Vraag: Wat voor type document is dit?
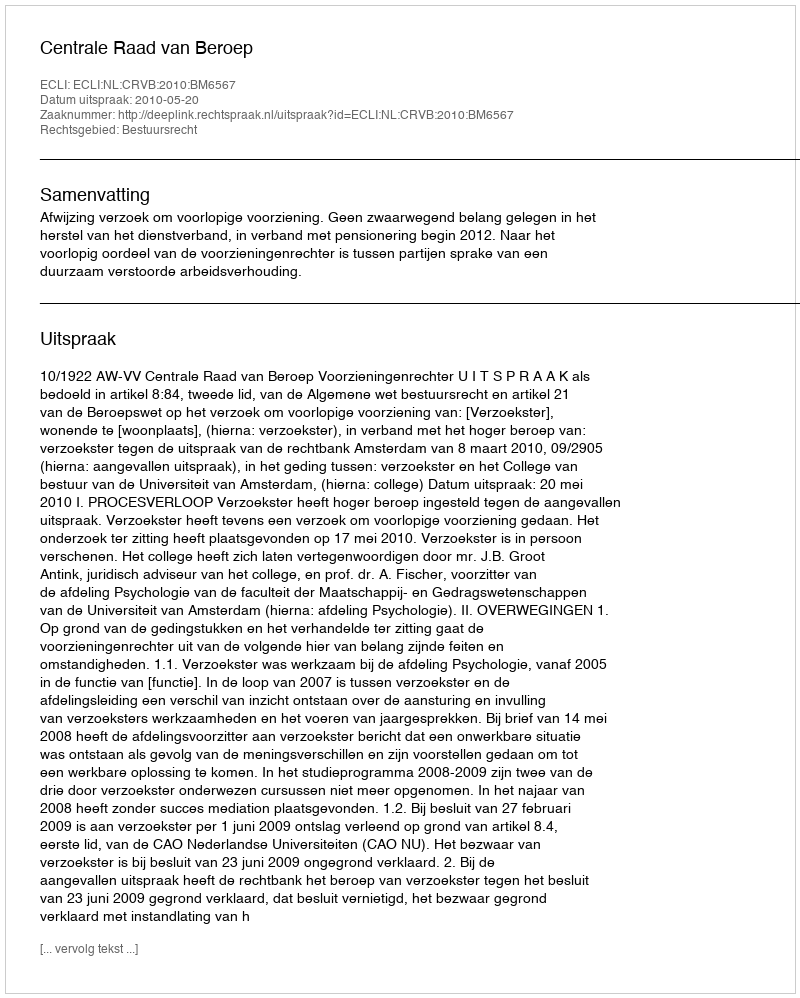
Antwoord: Uitspraak